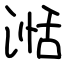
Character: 湉